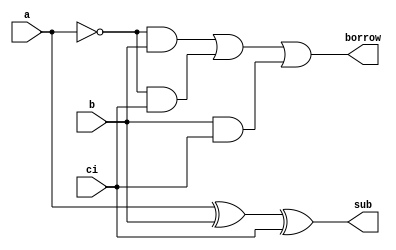
module full_subtr (a, b, ci, sub, borrow);

input a, b, ci;
output borrow, sub;
wire a_b, a_ci, b_ci;

not nota(a_bar, a);
not notb(b_bar, a);

xor (sub, a, b, ci);
and (a_b, a_bar, b);
and (a_ci, a_bar, ci);
and (b_ci, b, ci);
or (borrow, a_b, a_ci, b_ci);

endmodule // full_subtr